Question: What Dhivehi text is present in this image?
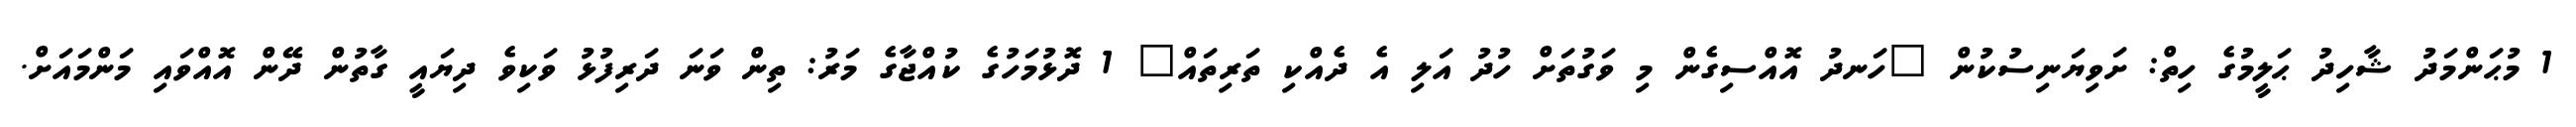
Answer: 1 މުޙަންމަދު ޝާހިދު ޙަލީމުގެ ހިތް: ށަވިޔަނިސުކުން "ހަނދު އޮއްސިގެން މި ވަގުތަށް ހުދު އަލި އެ ދެއްކި ތަރިތައް" 1 ދޮޅުމަހުގެ ކުއްޖާގެ މަރު: ތިން ވަނަ ދަރިފުޅު ވަކިވެ ދިޔައީ ގާތުން ދޭން އޮއްވައި މަންމައަށް.